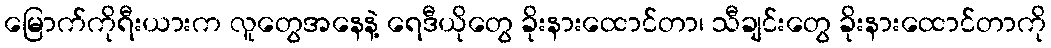
မြောက်ကိုရီးယားက လူတွေအနေနဲ့ ရေဒီယိုတွေ ခိုးနားထောင်တာ၊ သီချင်းတွေ ခိုးနားထောင်တာကို